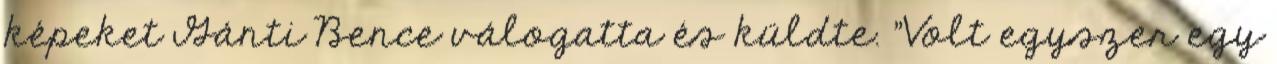
képeket Gánti Bence válogatta és küldte. "Volt egyszer egy